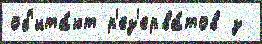
об'ита́ют р'ез'ерва́тов з